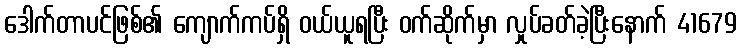
ဒေါက်တာပင်ဖြစ်၏ ကျောက်ကပ်ရှိ ဝယ်ယူရပြီး ဝက်ဆိုက်မှာ လှုပ်ခတ်ခဲ့ပြီးနောက် 41679